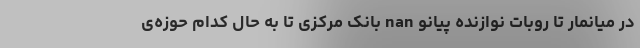
در میانمار تا روبات نوازنده پیانو nan بانک مرکزی تا به حال کدام حوزه‌ی